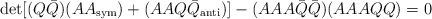
LaTeX: \begin{align*}\det[(Q{\bar Q})(AA_{\rm sym})+(AAQ{\bar Q}_{\rm anti})]-(AAA{\bar Q}{\bar Q})( AAAQQ)=0\end{align*}